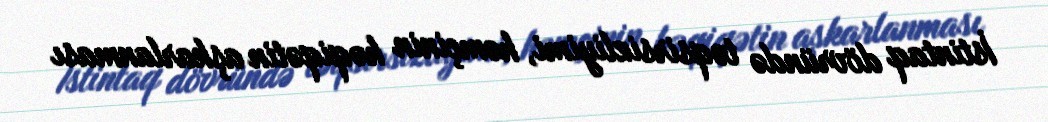
İstintaq dövründə təqsirsizliyimi, həmçinin həqiqətin aşkarlanması